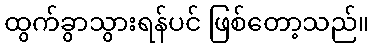
ထွက်ခွာသွားရန်ပင် ဖြစ်တော့သည်။